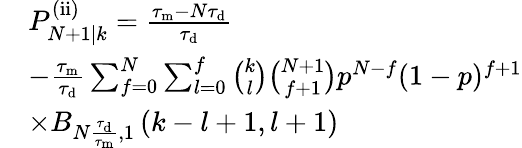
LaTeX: \begin{array}{rl}&{P_{N+1|k}^{\mathrm{(ii)}}=\frac{\tau_{\mathrm{m}}-N\tau_{\mathrm{d}}}{\tau_{\mathrm{d}}}}\\ &{-\frac{\tau_{\mathrm{m}}}{\tau_{\mathrm{d}}}\sum_{f=0}^{N}\sum_{l=0}^{f}\binom{k}{l}\binom{N+1}{f+1}p^{N-f}(1-p)^{f+1}}\\ &{\times B_{N\frac{\tau_{\mathrm{d}}}{\tau_{\mathrm{m}}},1}\left(k-l+1,l+1\right)}\end{array}